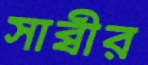
সাব্বীর